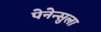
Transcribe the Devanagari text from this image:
पेनेन्सुला